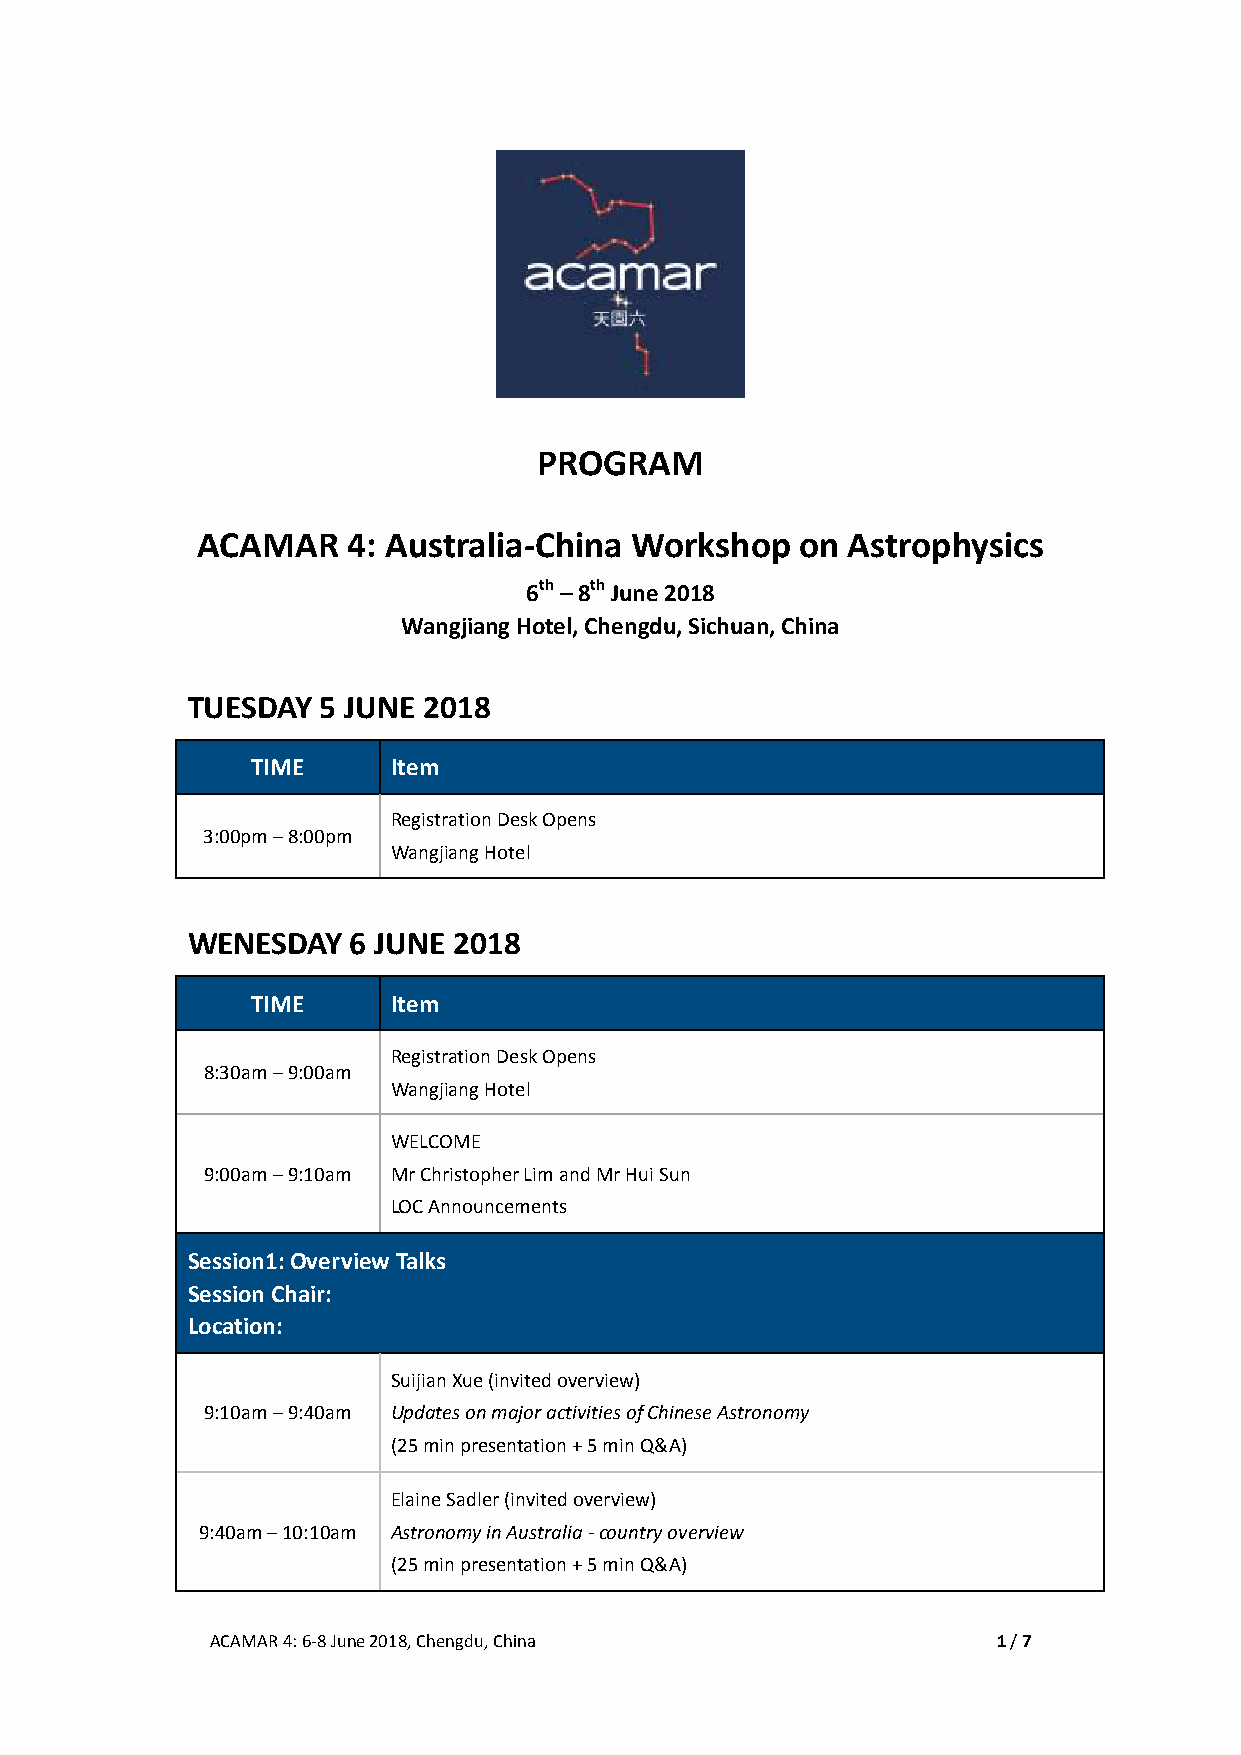
PROGRAM
 ACAMAR    4: Australia-China Workshop   on Astrophysics
 6th – 8th June 2018
 Wangjiang Hotel, Chengdu, Sichuan, China
 TUESDAY  5 JUNE 2018
 TIME     Item
 Registration Desk Opens
 3:00pm – 8:00pm
 Wangjiang Hotel
 WENESDAY   6 JUNE 2018
 TIME     Item
 Registration Desk Opens
 8:30am – 9:00am
 Wangjiang Hotel
 WELCOME
 9:00am – 9:10am Mr Christopher Lim and Mr Hui Sun
 LOC Announcements
 Session1: Overview Talks
 Session Chair:
 Location:
 Suijian Xue (invited overview)
 9:10am – 9:40am Updates on major activities of Chinese Astronomy
 (25 min presentation + 5 min Q&A)
 Elaine Sadler (invited overview)
 9:40am – 10:10am Astronomy in Australia - country overview
 (25 min presentation + 5 min Q&A)
 ACAMAR 4: 6-8 June 2018, Chengdu, China             1 / 7